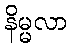
နိမ္မလာ